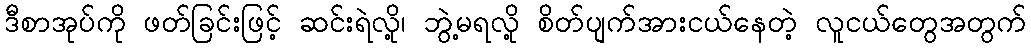
ဒီစာအုပ်ကို ဖတ်ခြင်းဖြင့် ဆင်းရဲလို့၊ ဘွဲ့မရလို့ စိတ်ပျက်အားငယ်နေတဲ့ လူငယ်တွေအတွက်